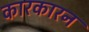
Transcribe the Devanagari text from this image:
कारकारन